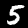
Digit: 5